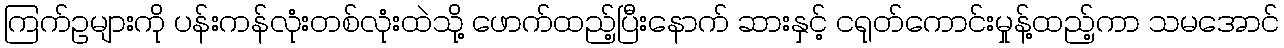
ကြက်ဥများကို ပန်းကန်လုံးတစ်လုံးထဲသို့ ဖောက်ထည့်ပြီးနောက် ဆားနှင့် ငရုတ်ကောင်းမှုန့်ထည့်ကာ သမအောင်